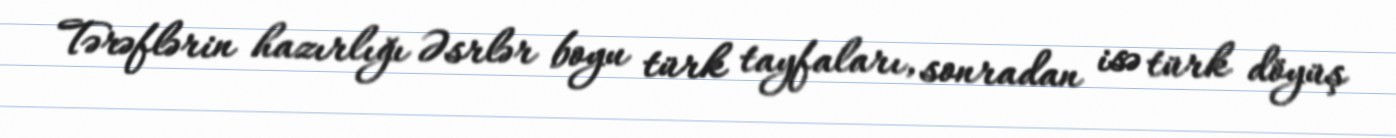
Tərəflərin hazırlığı Əsrlər boyu türk tayfaları, sonradan isə türk döyüş